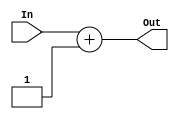
`timescale 1ns / 1ps
//////////////////////////////////////////////////////////////////////////////////
// Company: 
// Engineer: 
// 
// Design Name: 
// Module Name: add
// Project Name: 
// Target Devices: 
// Tool Versions: 
// Description: 
// 
// Dependencies: 
// 
// Revision:
// Revision 0.01 - File Created
// Additional Comments:
// 
//////////////////////////////////////////////////////////////////////////////////


module add(
    input [7:0] In,
    output [7:0] Out
    );
    assign Out = In + 1;
endmodule